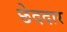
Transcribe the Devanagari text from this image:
छेददार